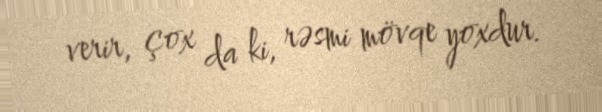
verir, çox da ki, rəsmi mövqe yoxdur.